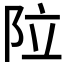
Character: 𮤽